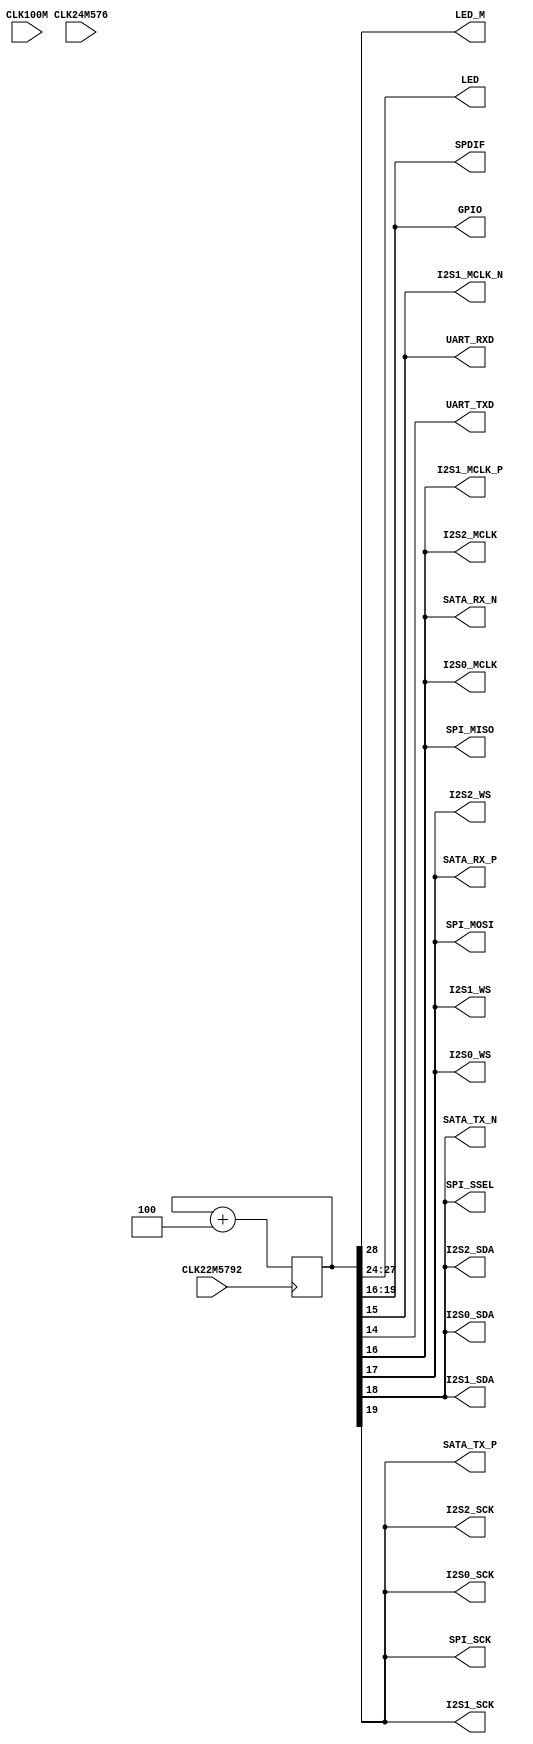
module main(
    input CLK100M,
    input CLK24M576,
    input CLK22M5792,
    output LED_M,
    output [3:0] LED,
    output [3:0] SPDIF,
    output [3:0] GPIO,
    output UART_RXD,
    output UART_TXD,
    output SPI_MISO,
    output SPI_MOSI,
    output SPI_SSEL,
    output SPI_SCK,
    output I2S0_MCLK,
    output I2S0_WS,
    output I2S0_SDA,
    output I2S0_SCK,
    output I2S1_MCLK_N,
    output I2S1_MCLK_P,
    output I2S1_WS,
    output I2S1_SDA,
    output I2S1_SCK,
    output I2S2_MCLK,
    output I2S2_WS,
    output I2S2_SDA,
    output I2S2_SCK,
    output SATA_RX_N,
    output SATA_RX_P,
    output SATA_TX_N,
    output SATA_TX_P
	 );

wire clk = CLK22M5792;

reg [31:0] counter_ff;
always @(posedge clk) begin
    counter_ff <= counter_ff + 4;
end

assign LED_M = counter_ff[28];
assign LED[3:0] = counter_ff[27:24];
assign SPDIF[3:0] = counter_ff[19:16];
assign GPIO[3:0] = counter_ff[19:16];

assign UART_RXD = counter_ff[15];
assign UART_TXD = counter_ff[14];
assign SPI_MISO = counter_ff[16];
assign SPI_MOSI = counter_ff[17];
assign SPI_SSEL = counter_ff[18];
assign SPI_SCK  = counter_ff[19];
assign I2S0_MCLK = counter_ff[16];
assign I2S0_WS = counter_ff[17];
assign I2S0_SDA = counter_ff[18];
assign I2S0_SCK = counter_ff[19];
assign I2S1_MCLK_N = counter_ff[15];
assign I2S1_MCLK_P = counter_ff[16];
assign I2S1_WS = counter_ff[17];
assign I2S1_SDA = counter_ff[18];
assign I2S1_SCK = counter_ff[19];
assign I2S2_MCLK = counter_ff[16];
assign I2S2_WS   = counter_ff[17];
assign I2S2_SDA  = counter_ff[18];
assign I2S2_SCK  = counter_ff[19];
assign SATA_RX_N = counter_ff[16];
assign SATA_RX_P = counter_ff[17];
assign SATA_TX_N = counter_ff[18];
assign SATA_TX_P = counter_ff[19];

endmodule